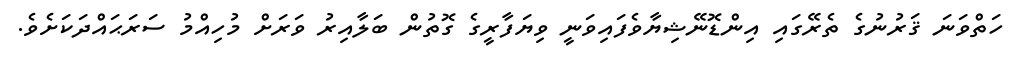
ހަތްވަނަ ޤަރުނުގެ ތެރޭގައި އިންޑޮނޭޝިޔާވެފައިވަނީ ވިޔަފާރީގެ ގޮތުން ބަލާއިރު ވަރަށް މުހިއްމު ސަރަޙައްދަކަށެވެ.